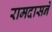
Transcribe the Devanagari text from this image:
रामदासने